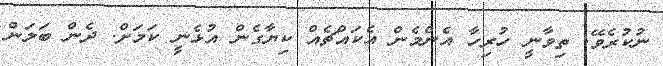
ނުކުރެވޭ. ތިވާނީ ހުރިހާ އެންމެން އެކައްޗެއް ކިޔާގެން އުޅެނީ ކަމަށް. ދެން ބަލަން